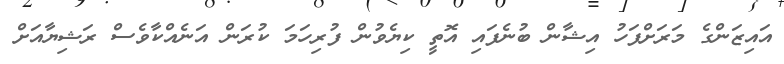
އައިޒަންގެ މަރަށްފަހު އިޝާން ބުނެފައި އޮތީ ކިޔެވުން ފުރިހަމަ ކުރަން އަނެއްކާވެސް ރަޝިޔާއަށް